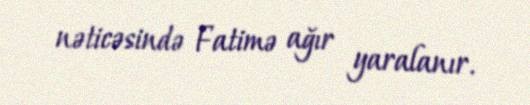
nəticəsində Fatimə ağır yaralanır.